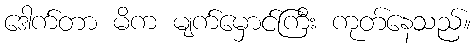
ဒေါက်တာ မိက မျက်မှောင်ကြီး ကုတ်နေသည်။